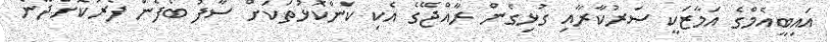
އައިބީއެމްގެ އަމާޒަކީ ސަރުކާރާއި ގުޅިގެން ރާއްޖޭގެ އެކި ކަންކޮޅުތަކަށް ސާފު ބޯފެން ފޯރުކޮށްދޭނެ